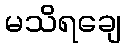
မသိရချေ